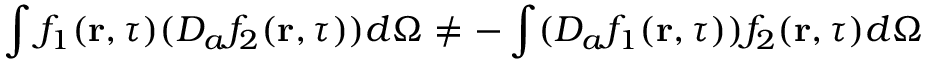
\int f _ { 1 } ( { \bf r } , \tau ) ( D _ { a } f _ { 2 } ( { \bf r } , \tau ) ) d \Omega \neq - \int ( D _ { a } f _ { 1 } ( { \bf r } , \tau ) ) f _ { 2 } ( { \bf r } , \tau ) d \Omega